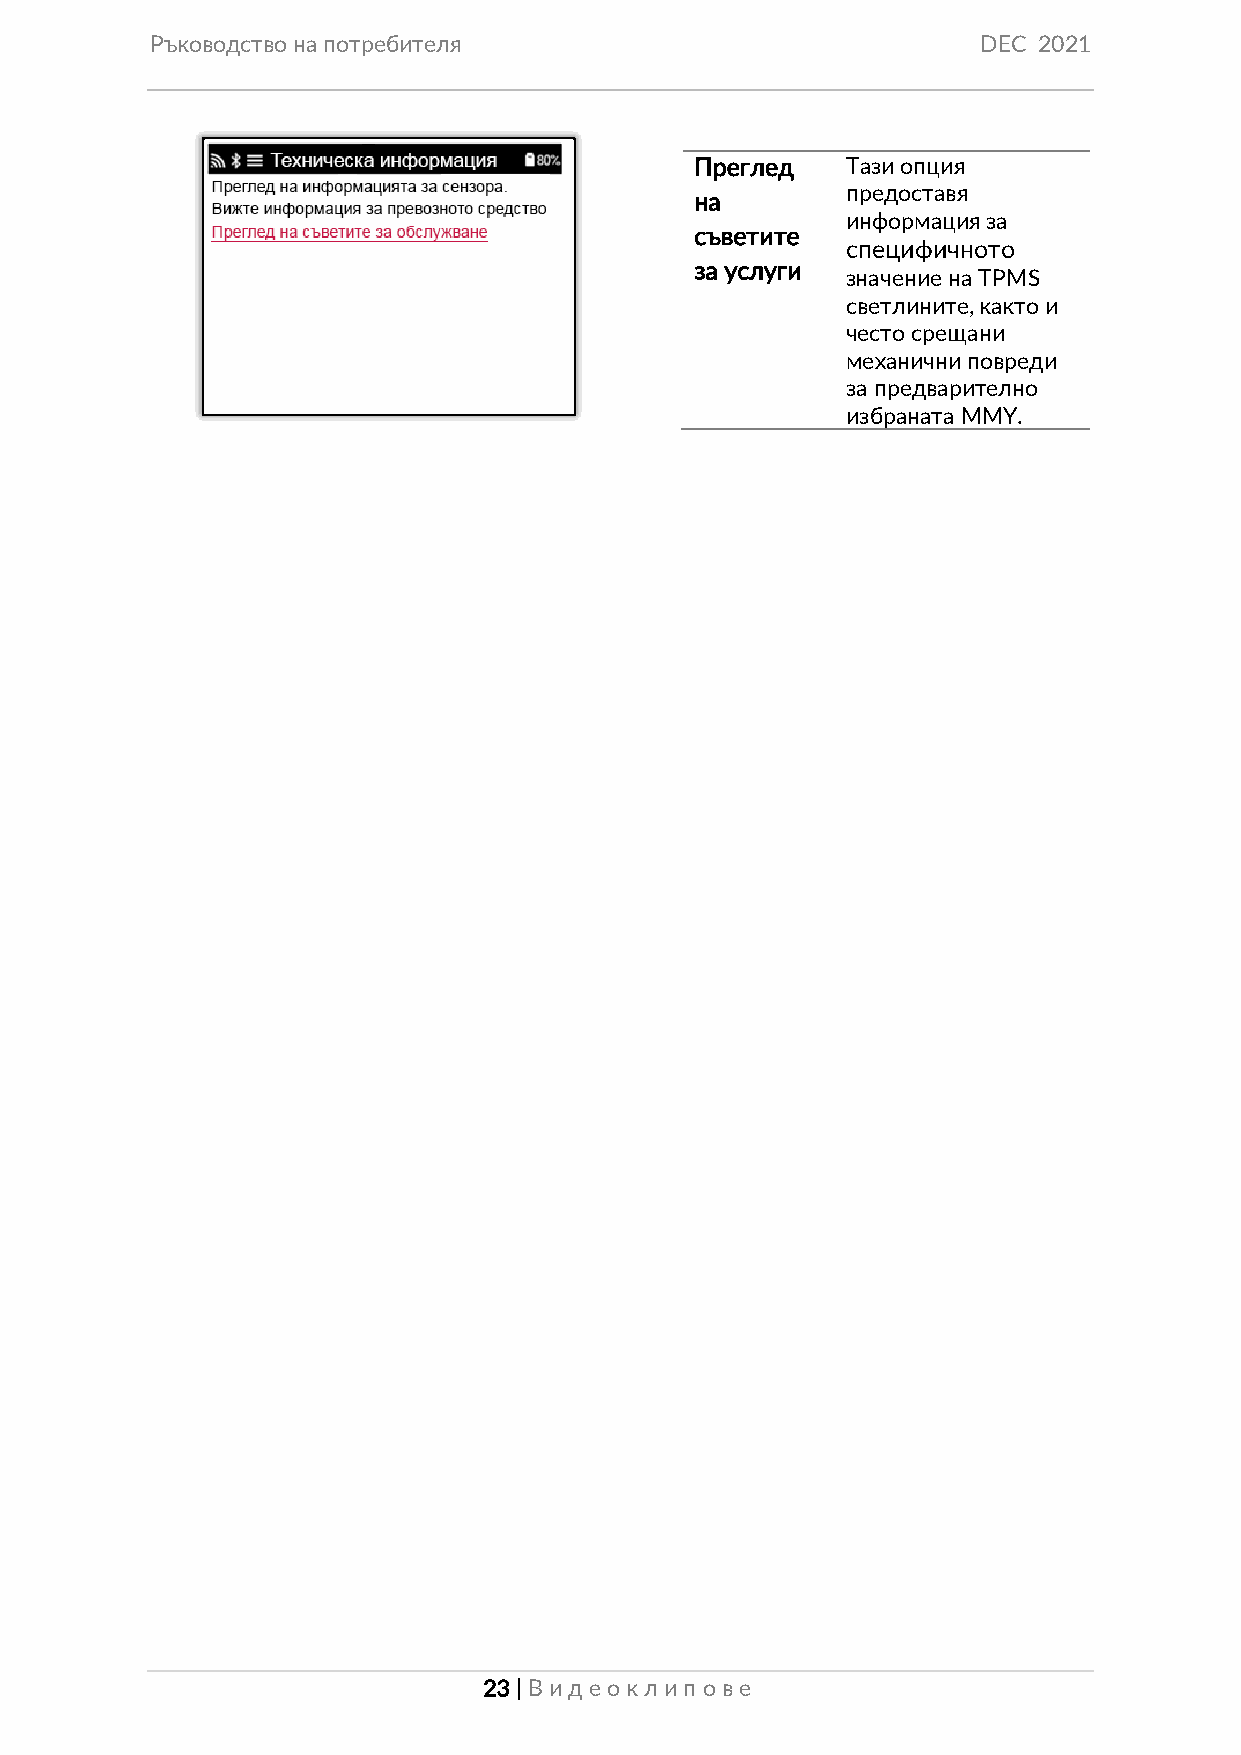
Ръководство на потребителя                             DEC 2021
 Преглед   Тази опция
 предоставя
 на
 информация за
 съветите
 специфичното
 за услуги
 значение на TPMS
 светлините, както и
 често срещани
 механични повреди
 за предварително
 избраната MMY.
 23 | Вид еок лип ове